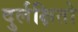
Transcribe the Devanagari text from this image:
दुर्लक्षितो